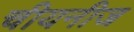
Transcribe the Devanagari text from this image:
चीयनीज